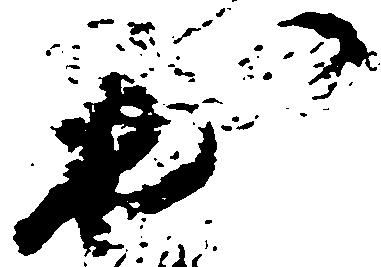
於